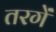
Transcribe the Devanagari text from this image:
तरगें